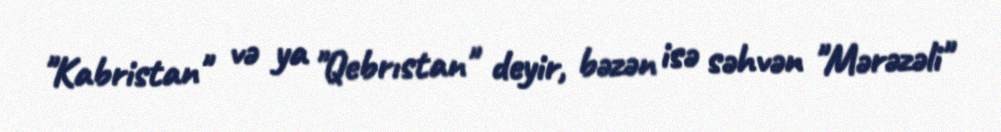
"Kabristan" və ya "Qebrıstan" deyir, bəzən isə səhvən "Mərəzəli"